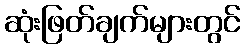
ဆုံးဖြတ်ချက်များတွင်